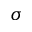
\sigma